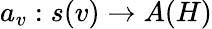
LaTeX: a_{v}:s(v)\rightarrow A(H)